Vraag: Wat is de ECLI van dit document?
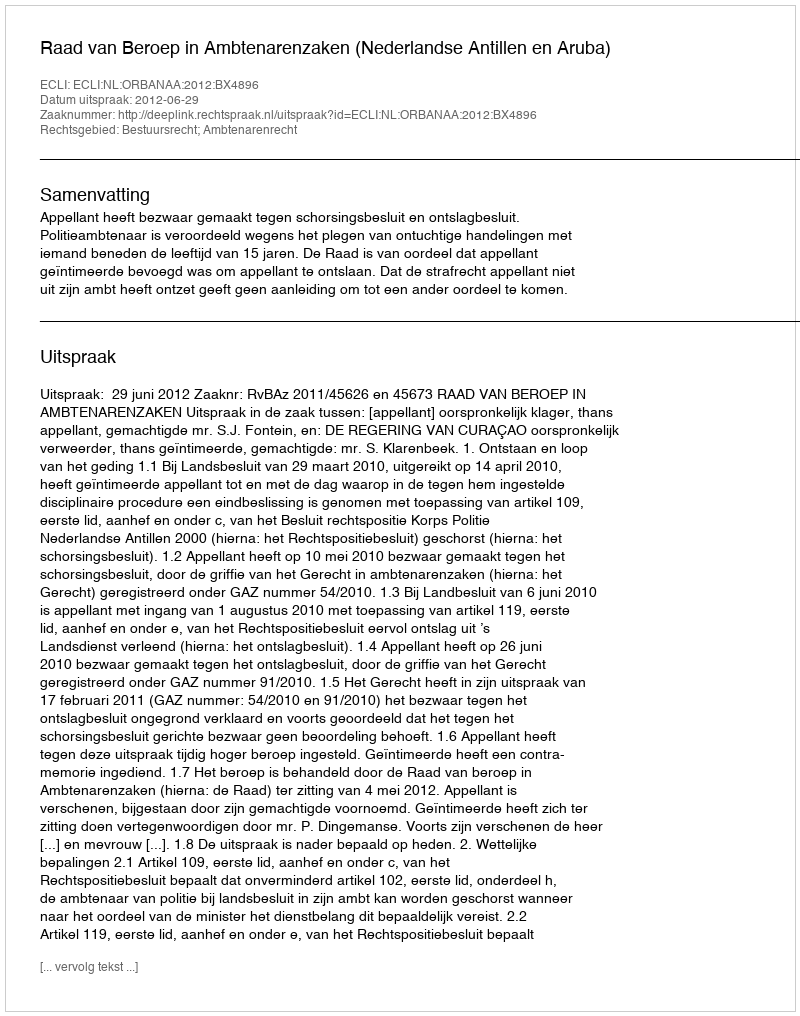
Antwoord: ECLI:NL:ORBANAA:2012:BX4896